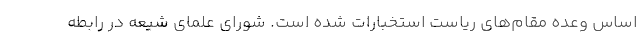
اساس وعده مقام‌های ریاست استخبارات شده است. شورای علمای شیعه در رابطه